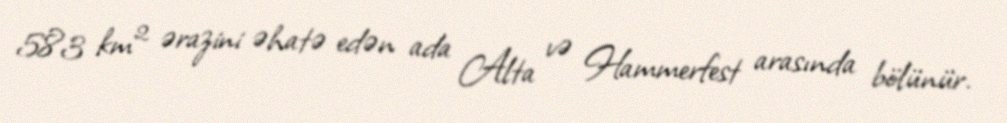
583 km² ərazini əhatə edən ada Alta və Hammerfest arasında bölünür.